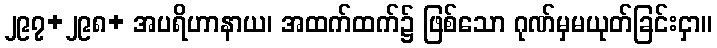
၂၉၇+၂၉၈+ အပရိဟာနာယ၊ အထက်ထက်၌ ဖြစ်သော ဂုဏ်မှမယုတ်ခြင်းငှာ။